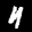
Label: 4